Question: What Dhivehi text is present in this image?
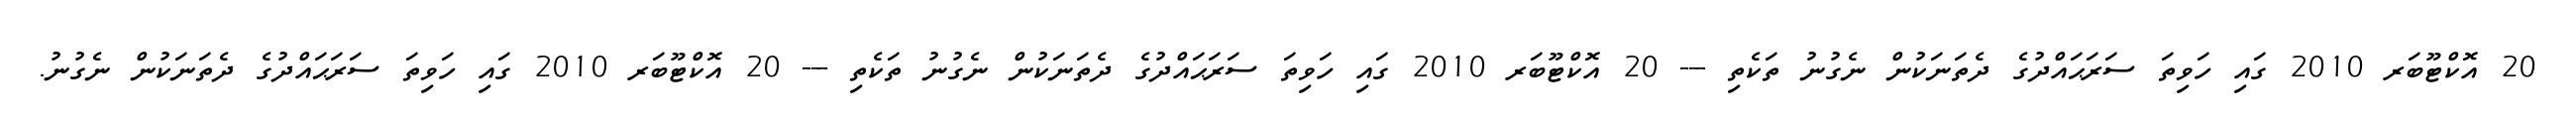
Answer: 20 އޮކްޓޫބަރ 2010 ގައި ހަވިތަ ސަރަޙައްދުގެ ދެތަނަކުން ނެގުނު ތަކެތި --- 20 އޮކްޓޫބަރ 2010 ގައި ހަވިތަ ސަރަޙައްދުގެ ދެތަނަކުން ނެގުނު ތަކެތި --- 20 އޮކްޓޫބަރ 2010 ގައި ހަވިތަ ސަރަޙައްދުގެ ދެތަނަކުން ނެގުނު.